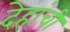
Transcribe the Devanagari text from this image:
देहांची